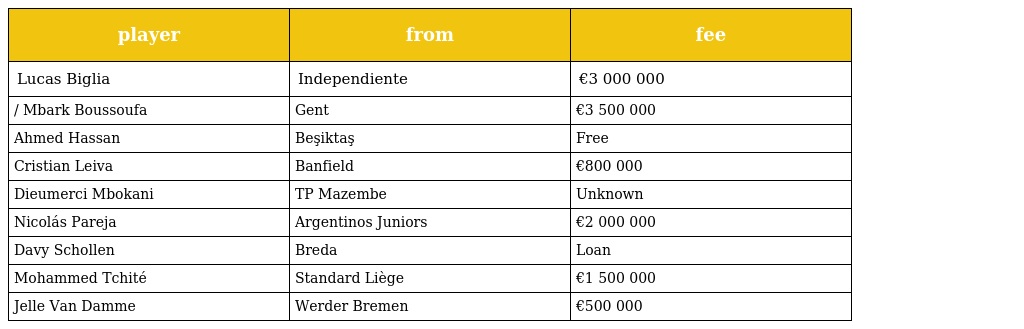
| player | from | fee |
 | --- | --- | --- |
 | Lucas Biglia | Independiente | €3 000 000 |
 | / Mbark Boussoufa | Gent | €3 500 000 |
 | Ahmed Hassan | Beşiktaş | Free |
 | Cristian Leiva | Banfield | €800 000 |
 | Dieumerci Mbokani | TP Mazembe | Unknown |
 | Nicolás Pareja | Argentinos Juniors | €2 000 000 |
 | Davy Schollen | Breda | Loan |
 | Mohammed Tchité | Standard Liège | €1 500 000 |
 | Jelle Van Damme | Werder Bremen | €500 000 |